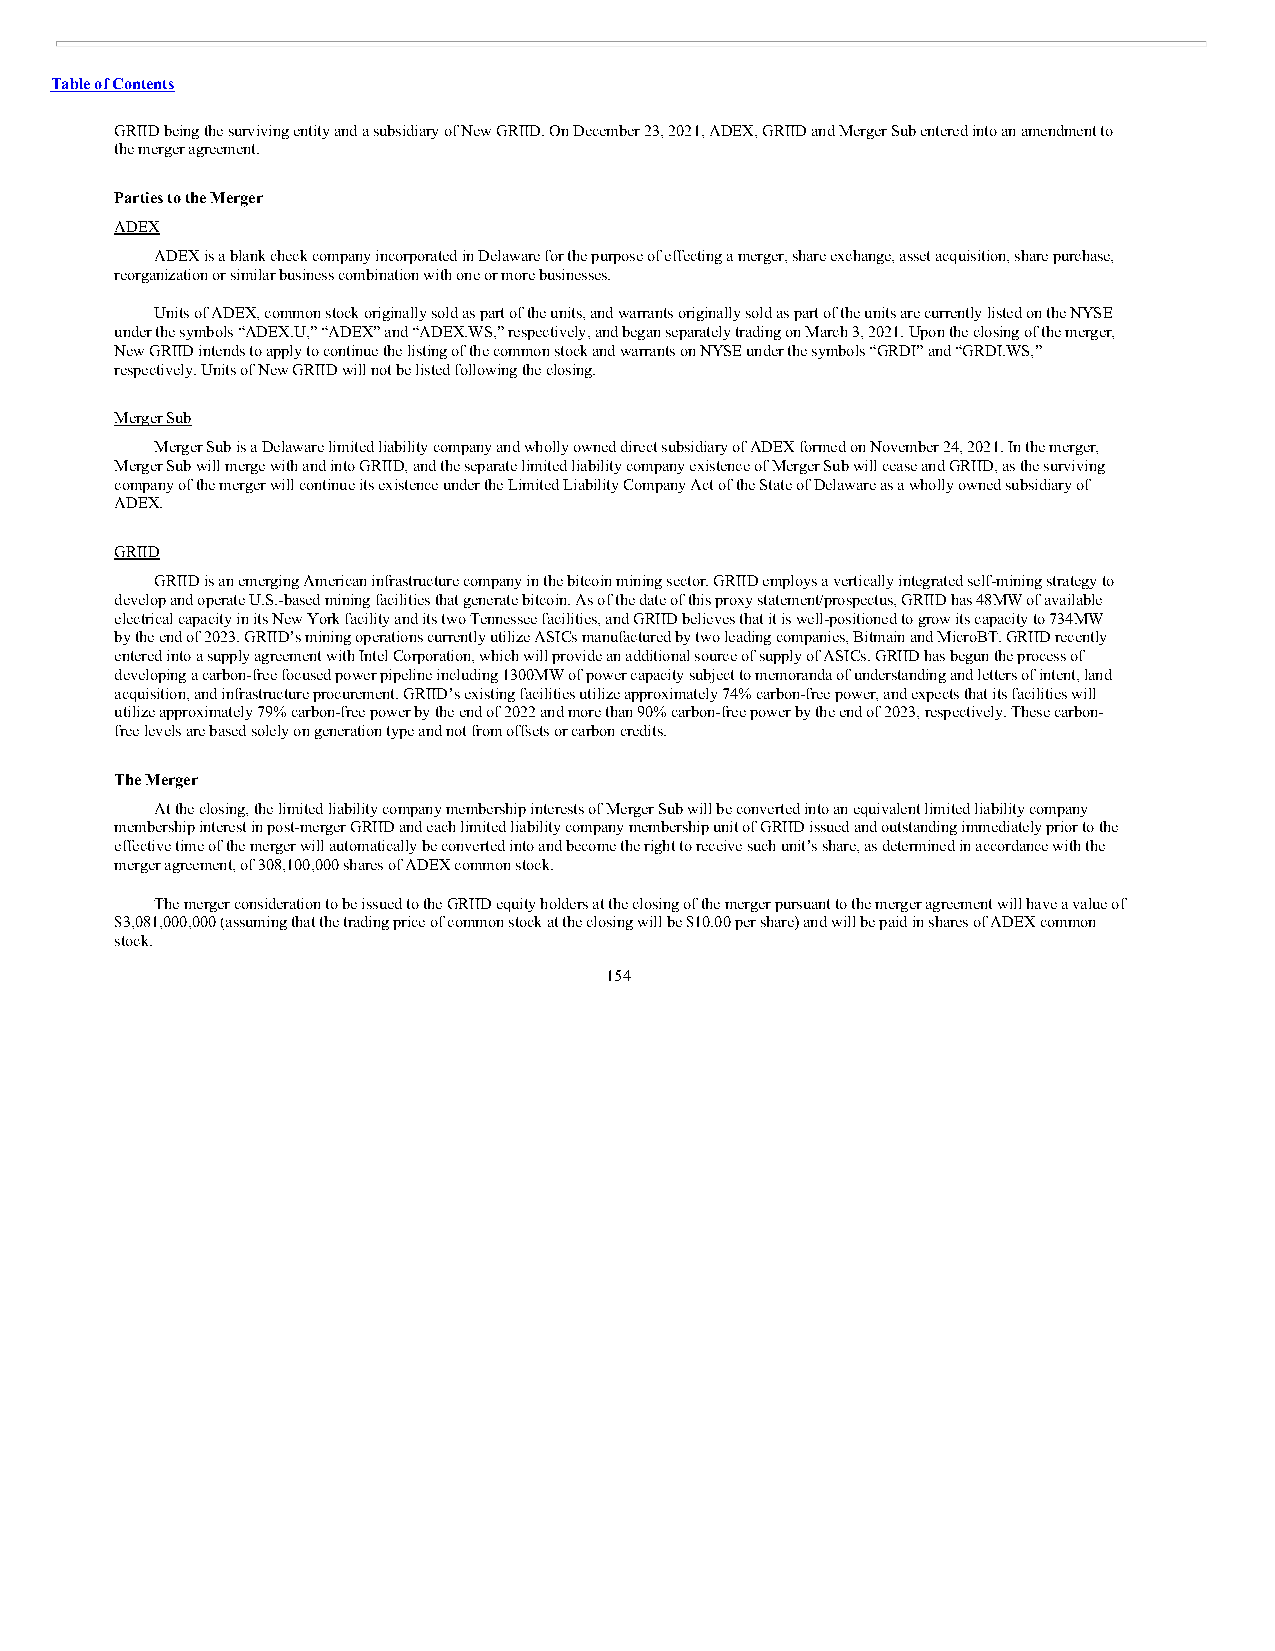
Table of Contents
 GRIID being the surviving entity and a subsidiary of New GRIID. On December 23, 2021, ADEX, GRIID and Merger Sub entered into an amendment to
 the merger agreement.
 Parties to the Merger
 ADEX
 ADEX is a blank check company incorporated in Delaware for the purpose of effecting a merger, share exchange, asset acquisition, share purchase,
 reorganization or similar business combination with one or more businesses.
 Units of ADEX, common stock originally sold as part of the units, and warrants originally sold as part of the units are currently listed on the NYSE
 under the symbols “ADEX.U,” “ADEX” and “ADEX.WS,” respectively, and began separately trading on March 3, 2021. Upon the closing of the merger,
 New GRIID intends to apply to continue the listing of the common stock and warrants on NYSE under the symbols “GRDI” and “GRDI.WS,”
 respectively. Units of New GRIID will not be listed following the closing.
 Merger Sub
 Merger Sub is a Delaware limited liability company and wholly owned direct subsidiary of ADEX formed on November 24, 2021. In the merger,
 Merger Sub will merge with and into GRIID, and the separate limited liability company existence of Merger Sub will cease and GRIID, as the surviving
 company of the merger will continue its existence under the Limited Liability Company Act of the State of Delaware as a wholly owned subsidiary of
 ADEX.
 GRIID
 GRIID is an emerging American infrastructure company in the bitcoin mining sector. GRIID employs a vertically integrated self-mining strategy to
 develop and operate U.S.-based mining facilities that generate bitcoin. As of the date of this proxy statement/prospectus, GRIID has 48MW of available
 electrical capacity in its New York facility and its two Tennessee facilities, and GRIID believes that it is well-positioned to grow its capacity to 734MW
 by the end of 2023. GRIID’s mining operations currently utilize ASICs manufactured by two leading companies, Bitmain and MicroBT. GRIID recently
 entered into a supply agreement with Intel Corporation, which will provide an additional source of supply of ASICs. GRIID has begun the process of
 developing a carbon-free focused power pipeline including 1300MW of power capacity subject to memoranda of understanding and letters of intent, land
 acquisition, and infrastructure procurement. GRIID’s existing facilities utilize approximately 74% carbon-free power, and expects that its facilities will
 utilize approximately 79% carbon-free power by the end of 2022 and more than 90% carbon-free power by the end of 2023, respectively. These carbon-
 free levels are based solely on generation type and not from offsets or carbon credits.
 The Merger
 At the closing, the limited liability company membership interests of Merger Sub will be converted into an equivalent limited liability company
 membership interest in post-merger GRIID and each limited liability company membership unit of GRIID issued and outstanding immediately prior to the
 effective time of the merger will automatically be converted into and become the right to receive such unit’s share, as determined in accordance with the
 merger agreement, of 308,100,000 shares of ADEX common stock.
 The merger consideration to be issued to the GRIID equity holders at the closing of the merger pursuant to the merger agreement will have a value of
 $3,081,000,000 (assuming that the trading price of common stock at the closing will be $10.00 per share) and will be paid in shares of ADEX common
 stock.
 154